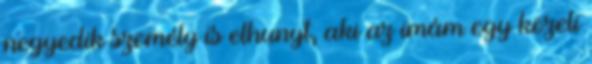
negyedik személy is elhunyt, aki az imám egy közeli